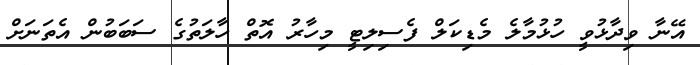
އޭނާ ވިދާޅުވީ ހުޅުމާލެ މެޑިކަލް ފެސިލިޓީ މިހާރު އޮތް ހާލަތުގެ ސަބަބުން އެތަނަށް